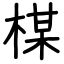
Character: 楳